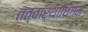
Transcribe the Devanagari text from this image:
तत्वार्थाधिगम